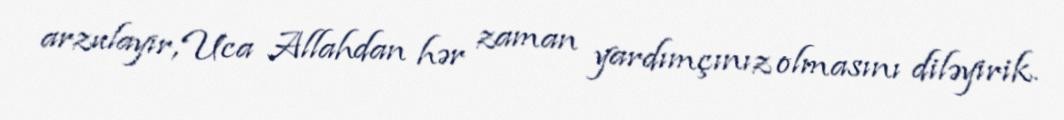
arzulayır, Uca Allahdan hər zaman yardımçınız olmasını diləyirik.